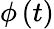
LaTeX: \phi\left(t\right)